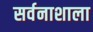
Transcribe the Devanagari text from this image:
सर्वनाशाला